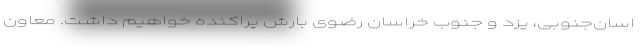
اسان‌جنوبی، یزد و جنوب خراسان رضوی بارش پراکنده خواهیم داشت. معاون